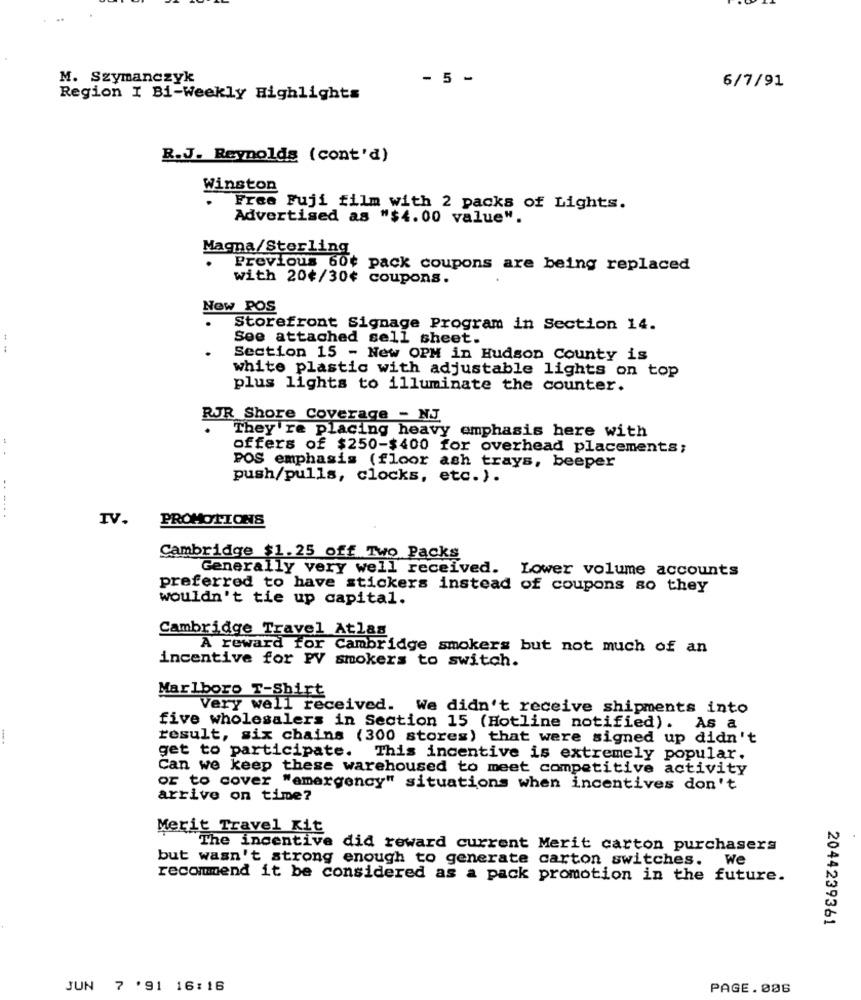
M. Szymanczyk
- 5 -
6/7/91
Region I Bi-Weekly Highlights
R.J. Reynolds (cont'd)
Winston
Free Fuji film with 2 packs of Lights.
Advertised as "$4.00 value".
Magna/Sterling
Previous 60¢ pack coupons are being replaced
with 20¢/30¢ coupons.
New POS
Storefront Signage Program in Section 14.
See attached sell sheet.
--
Section 15 - New OPM in Hudson County is
white plastic with adjustable lights on top
plus lights to illuminate the counter.
RJR Shore Coverage - NJ
They 're placing heavy emphasis here with
offers of $250-$400 for overhead placements;
POS emphasis (floor ash trays, beeper
push/pulls, clocks, etc. ).
-----.
IV.
PROMOTIONS
Cambridge $1.25 off Two Packs
Generally very well received. Lower volume accounts
preferred to have stickers instead of coupons so they
wouldn't tie up capital.
Cambridge Travel Atlas
A reward for Cambridge smokers but not much of an
incentive for PV smokers to switch.
Marlboro T-Shirt
Very well received. We didn't receive shipments into
five wholesalers in Section 15 (Hotline notified). As a
result, six chains (300 stores) that were signed up didn't
get to participate. This incentive is extremely popular.
Can we keep these warehoused to meet competitive activity
or to cover "emergency" situations when incentives don't
arrive on time?
Merit Travel Kit
"The incentive did reward current Merit carton purchasers
but wasn't strong enough to generate carton switches. We
recommend it be considered as a pack promotion in the future.
2044239361
JUN 7 '91 16:16
PAGE.006